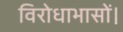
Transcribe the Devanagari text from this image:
विरोधाभासों।